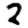
Digit: 2